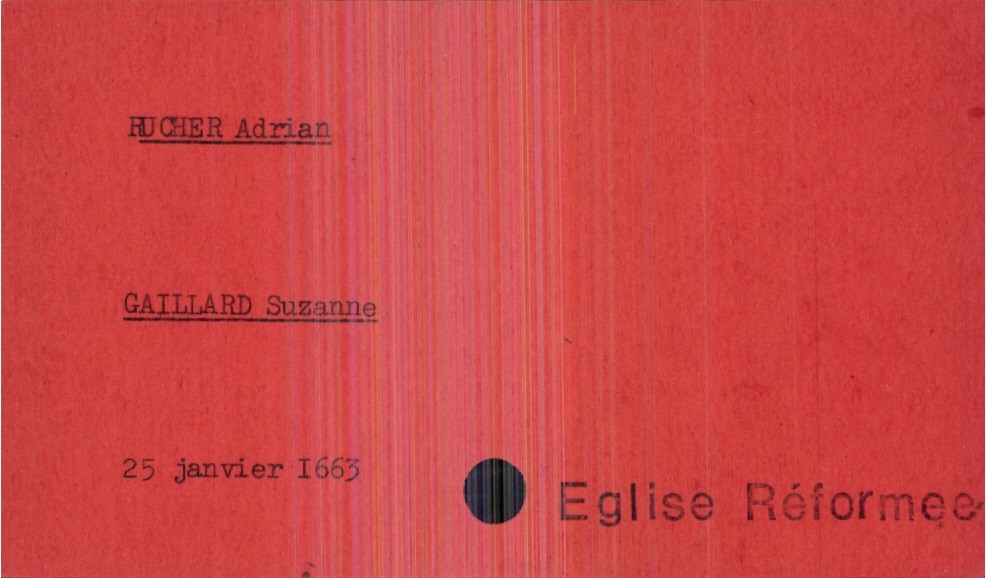
type_acte: Mariage
année: 1663
mois: janvier
jour: 25
observations: Eglise Réformee
marié_nom: Rucher
marié_prénom: Adrian
mariée_nom: Gaillard
mariée_prénom: Suzanne